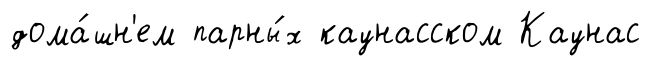
дома́шн'ем парны́х каунасском Каунас